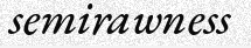
semirawness